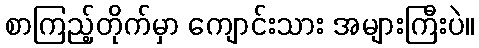
စာကြည့်တိုက်မှာ ကျောင်းသား အများကြီးပဲ။